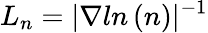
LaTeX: L_{n}=|\nabla ln\left(n\right)|^{-1}